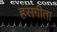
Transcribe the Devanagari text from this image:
हंसगीता